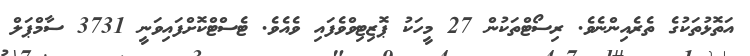
އަތޮޅުތަކުގެ ތެރެއިންނެވެ. ރިސޯޓްތަކުން 27 މީހަކު ޕޮޒިޓިވްވެފައި ވެއެެވެ. ޓެސްޓްކޮށްފައިވަނީ 3731 ސާމްޕަލް